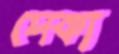
দেকা